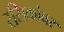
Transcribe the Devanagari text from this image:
रसिकांवर